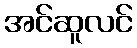
အင်ဆူလင်